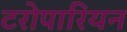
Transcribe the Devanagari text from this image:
टरोपारियन